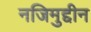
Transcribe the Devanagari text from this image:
नजिमुद्दीन